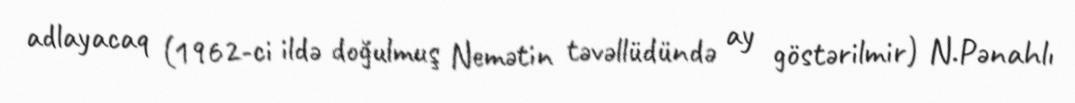
adlayacaq (1962-ci ildə doğulmuş Nemətin təvəllüdündə ay göstərilmir) N.Pənahlı